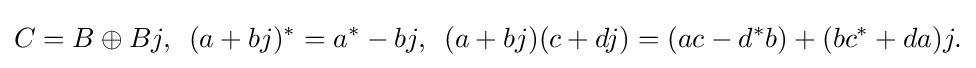
\displaystyle {C=B\oplus Bj,\,\,\,(a+bj)^{*}=a^{*}-bj,\,\,\,(a+bj)(c+dj)=(ac-d^{*}b)+(bc^{*}+da)j.}